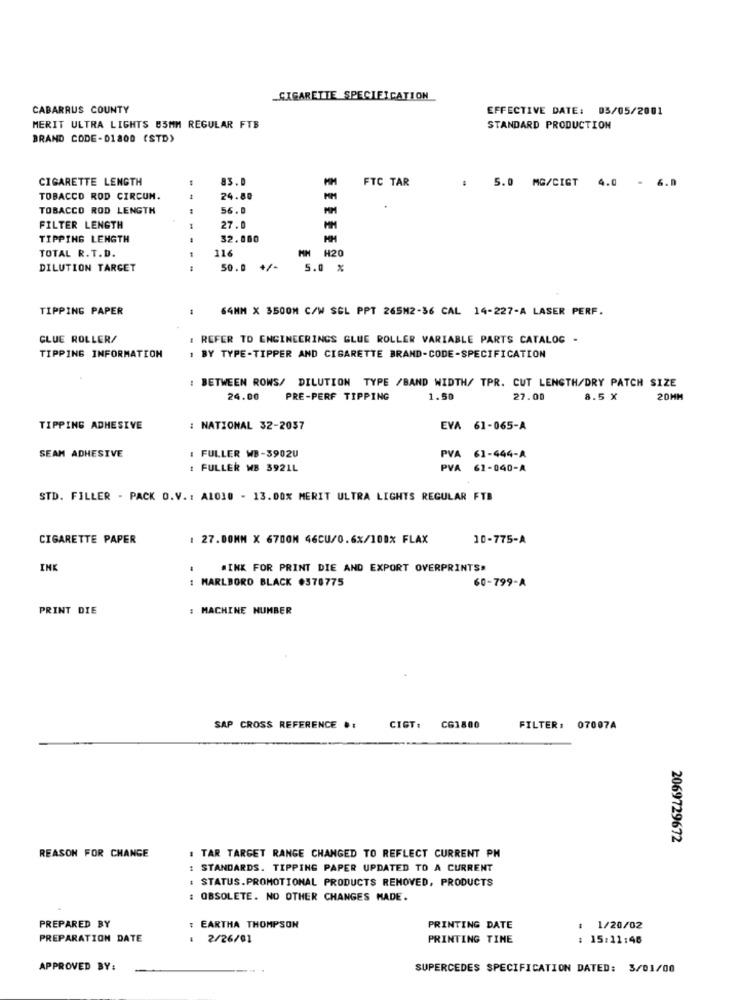
_CIGARETTE SPECIFICATION
CABARRUS COUNTY
EFFECTIVE DATE: 05/05/2001
MERIT ULTRA LIGHTS 85MM REGULAR FTB
STANDARD PRODUCTION
BRAND CODE-01800 (STD)
CIGARETTE LENGTH
83. 0
FTC TAR
: 5.0 MG/CIGT 4.0 - 6.0
TOBACCO ROD CIRCUM.
24.80
TOBACCO ROD LENGTH
56.0
FILTER LENGTH
27.
TIPPING LENGTH
32.000
116
MM H20
TOTAL R.T.D.
DILUTION TARGET
---
50.0 +/-
5.0 %
TIPPING PAPER
64MM X 3500M C/W SCL PPT 265M2-36 CAL 14-227-A LASER PERF.
CLUE ROLLER/
REFER TO ENGINEERINGS GLUE ROLLER VARIABLE PARTS CATALOG -
TIPPING INFORMATION
: BY TYPE-TIPPER AND CIGARETTE BRAND-CODE-SPECIFICATION
: BETWEEN ROWS/ DILUTION TYPE /BAND WIDTH/ TPR. CUT LENGTH/DRY PATCH SIZE
24.00
PRE-PERF TIPPING
1.50
27.00
8.5 X
20MM
TIPPING ADHESIVE
: NATIONAL 32-2057
EVA 61-065-A
SEAM ADHESIVE
: FULLER WB-3902U
PVA 61-444-A
: FULLER WB 3921L
PVA 61-040-A
STD. FILLER - PACK O.V .: AL010 - 13.00% MERIT ULTRA LIGHTS REGULAR FTB
CIGARETTE PAPER
: 27.00MM X 6700M 46CU/0.6%/100% FLAX
10-775-A
INK
MINK FOR PRINT DIE AND EXPORT OVERPRINTS
: MARLBORO BLACK #370775
60-799-A
PRINT DIE
MACHINE NUMBER
SAP CROSS REFERENCE .:
CIGT.
CG1800
FILTER: 07007A
2069729672
REASON FOR CHANGE
TAR TARGET RANGE CHANGED TO REFLECT CURRENT PH
STANDARDS. TIPPING PAPER UPDATED TO A CURRENT
: STATUS.PROMOTIONAL PRODUCTS REMOVED, PRODUCTS
: OBSOLETE. NO OTHER CHANGES MADE.
PREPARED BY
: EARTHA THOMPSON
PRINTING DATE
: 1/20/02
PREPARATION DATE
2/26/01
PRINTING TINE
: 15:11:45
APPROVED BY:
SUPERCEDES SPECIFICATION DATED: 3/01/00